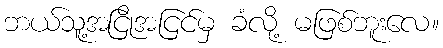
ဘယ်သူ့အငြိုအငြင်မှ ခံလို့ မဖြစ်ဘူးလေ။